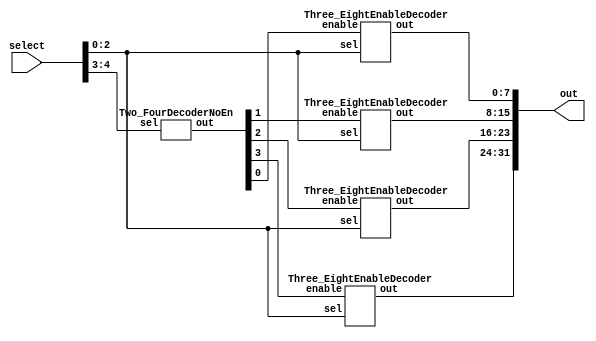
/*
	This is a 5:32 decoder.
	Only one output line can be true at a time
	based on the 5-bit select conditions

	This decoder is made up of:
		*One 2:4 no enable decoder
		covering the two MSB of the five bit input

		*Four 3:8 enable decoders
		which cover the three LSB of the five bit input
*/

module Five_32Decoder(out, select);
	// Only one of these output lines can be true at a time
	output [31:0] out;
	input  [4:0]  select;

	wire [3:0] LSBselect;

	// This module instantiation handles the logic for
	// The two MSBs of our five-bit input
	Two_FourDecoderNoEn MSB (.out(LSBselect), .sel(select[4:3]));


	// These module instantiations handle the logic four our three LSB
	// With the enable controlled by the earlier 2:4 decoder call
	Three_EightEnableDecoder ZeroThrough7 (.out(out[7:0]), .sel(select[2:0]), .enable(LSBselect[0]));
	Three_EightEnableDecoder EightThrough15 (.out(out[15:8]), .sel(select[2:0]), .enable(LSBselect[1]));
	Three_EightEnableDecoder SixteenThrough23 (.out(out[23:16]), .sel(select[2:0]), .enable(LSBselect[2]));
	Three_EightEnableDecoder TwentyFourThrough31 (.out(out[31:24]), .sel(select[2:0]), .enable(LSBselect[3]));

endmodule // Five_32Decoder


/*
	A 3:8 Enable Decoder using 2:4 Enable Decoders
	Design taken from "Fundamentals of Digital Design"
	2nd edition by Brown and Vranesic
	Chapter 4, page 204, Figure 4.15

	Synthesized into verilog by Mitchell Orsucci
	Last Modified: 1.15.17
*/

module Three_EightEnableDecoder(out, sel, enable);
	output [7:0] out;
	input  [2:0] sel;
	input		 enable;
	wire S2Bar, LSBenable, MSBenable;

	not n2 (S2Bar, sel[2]);

	// This enable goes high when Sel2 is low and enable is high
	and a0 (LSBenable, S2Bar, enable);
	
	// This enable goes high when sel2 and enable are high
	and a1 (MSBenable, sel[2], enable);

	// These two 2:4 decoders cover the four different
	// possibilities for the Least sig. bits and Most sig. bits
	// The enable controls are fed by logic from the enable to
	// this upper module and sel[2]
	Two_FourEnableDecoder LS4 (.out(out[3:0]), .sel(sel[1:0]), .enable(LSBenable));
	Two_FourEnableDecoder MS4 (.out(out[7:4]), .sel(sel[1:0]), .enable(MSBenable));

endmodule // Three_EightEnableDecoder



/*
	This is a 2:4 Decoder with no enable
*/

module Two_FourDecoderNoEn(out, sel);
	output	[3:0] out;
	input	[1:0] sel;
	wire S1Bar, S0Bar;

	not n0 (S0Bar, sel[0]);
	not n1 (S1Bar, sel[1]);

	// These and gates are exclusive to each other
	// only one can evaluate to "true" at a time
	// driving the output line
	and and0 (out[0], S1Bar, S0Bar);
	and and1 (out[1], S1Bar, sel[0]);
	and and2 (out[2], sel[1], S0Bar);
	and and3 (out[3], sel[1], sel[0]);

endmodule // Two_FourDecoderNoEn



/* 
	A 2:4 Decoder with enable
*/

module Two_FourEnableDecoder(out, sel, enable);
	output [3:0] out;
	input  [1:0] sel;
	input 		enable;
	wire S1Bar, S0Bar;

	not n0 (S0Bar, sel[0]);
	not n1 (S1Bar, sel[1]);

	// These and gates are exclusive to each other
	// only one can evaluate to "true" at a time
	// driving the output line
	// Must have "enable" high to be active
	and a0 (out[0], S1Bar, S0Bar, enable);
	and a1 (out[1], S1Bar, sel[0], enable);
	and a2 (out[2], sel[1], S0Bar, enable);
	and a3 (out[3], sel[1], sel[0], enable);

endmodule // Two_FourEnableDecoder